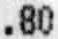
.80